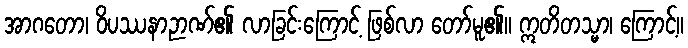
အာဂတော၊ ဝိပဿနာဉာဏ်၏ လာခြင်းကြောင့် ဖြစ်လာ တော်မူ၏။ ဣတိတသ္မာ၊ ကြောင့်။